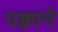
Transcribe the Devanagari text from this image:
पक्वाने